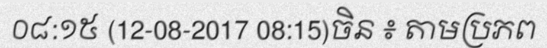
០៨:១៥ (12-08-2017 08:15)ចិន ៖ តាមប្រភព